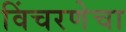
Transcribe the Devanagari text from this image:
विंचरणेचा